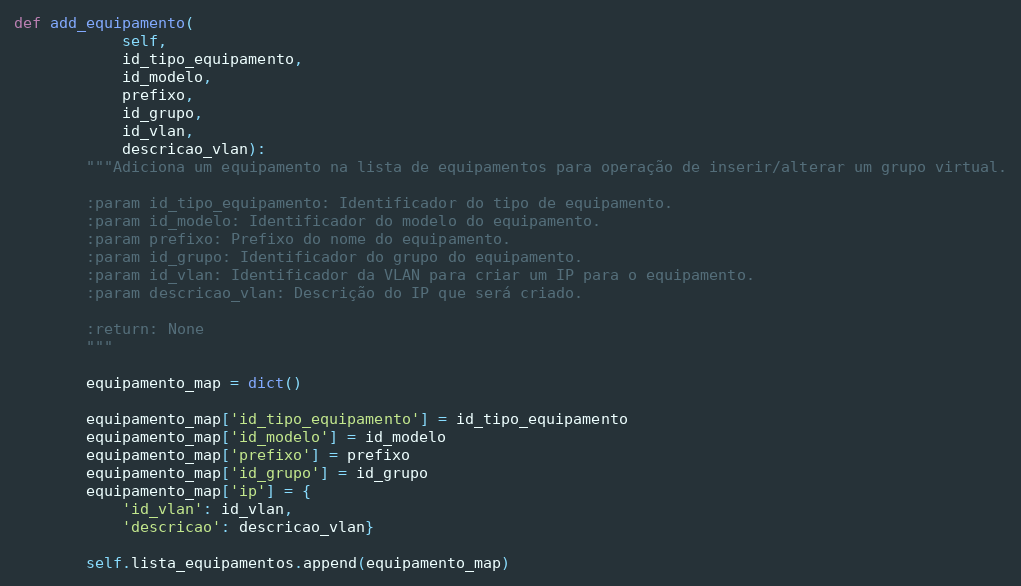
Language: Python
def add_equipamento(
            self,
            id_tipo_equipamento,
            id_modelo,
            prefixo,
            id_grupo,
            id_vlan,
            descricao_vlan):
        """Adiciona um equipamento na lista de equipamentos para operação de inserir/alterar um grupo virtual.

        :param id_tipo_equipamento: Identificador do tipo de equipamento.
        :param id_modelo: Identificador do modelo do equipamento.
        :param prefixo: Prefixo do nome do equipamento.
        :param id_grupo: Identificador do grupo do equipamento.
        :param id_vlan: Identificador da VLAN para criar um IP para o equipamento.
        :param descricao_vlan: Descrição do IP que será criado.

        :return: None
        """

        equipamento_map = dict()

        equipamento_map['id_tipo_equipamento'] = id_tipo_equipamento
        equipamento_map['id_modelo'] = id_modelo
        equipamento_map['prefixo'] = prefixo
        equipamento_map['id_grupo'] = id_grupo
        equipamento_map['ip'] = {
            'id_vlan': id_vlan,
            'descricao': descricao_vlan}

        self.lista_equipamentos.append(equipamento_map)